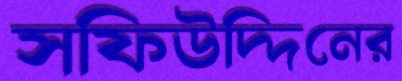
সফিউদ্দিনের